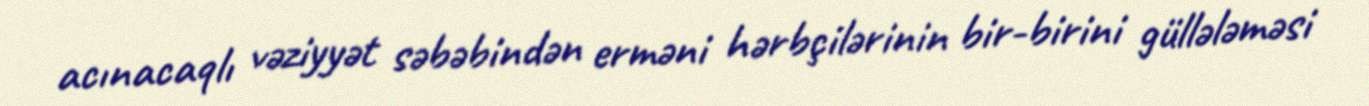
acınacaqlı vəziyyət səbəbindən erməni hərbçilərinin bir-birini güllələməsi